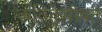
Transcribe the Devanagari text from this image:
कवितेसोबत